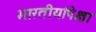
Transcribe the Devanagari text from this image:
भारतीयांपेक्षा